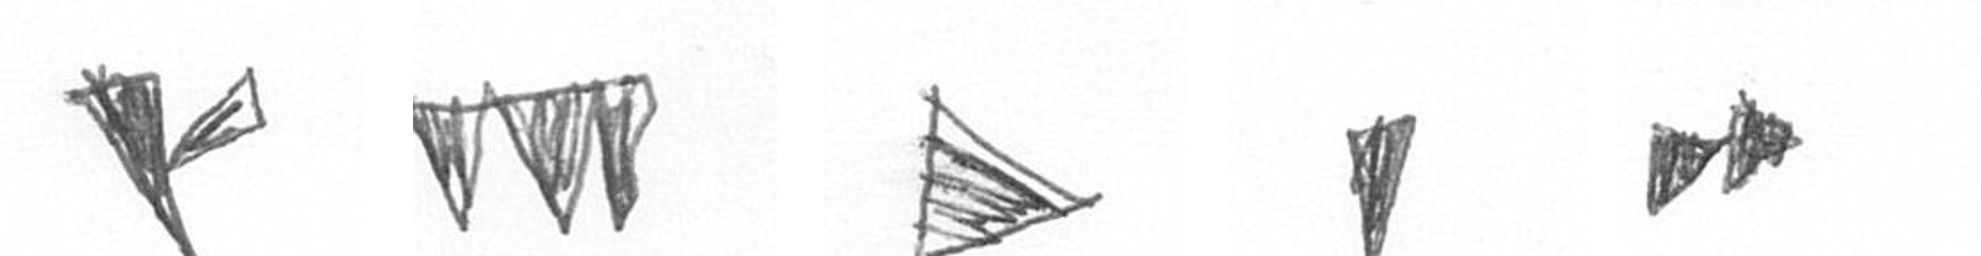
F L T J A